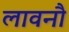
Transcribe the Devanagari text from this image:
लावनौ